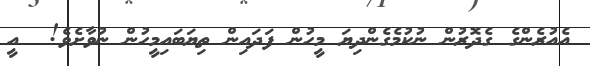
އެއުރެންގެ ގެދޮރުން ނުކުމެގެންދިޔަ މީހުން ފަދައިން ތިޔަބައިމީހުން ނުވާށެވެ!  އީ